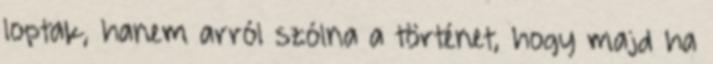
loptak, hanem arról szólna a történet, hogy majd ha